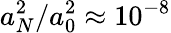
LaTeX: a_{N}^{2}/a_{0}^{2}\approx 10^{-8}